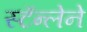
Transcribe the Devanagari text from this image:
स्टॅन्लेने